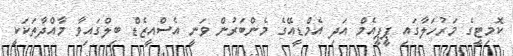
ކޮމިޓީގެ މަރުހަލާގައި ޕީޕީއެމް އަދި އެމްޑީއޭގެ މެންބަރުން ވަނީ އެސްއީޒެޑް ބިލްގައިވާ މާއްދާތަކަކީ